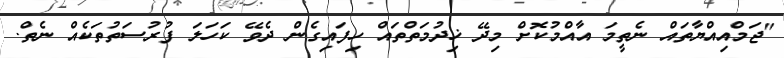
"ޖަމްއިއްޔާތައް ނެތީމަ އާއްމުކޮށް މިދޭ ޚިދުމަތްތައް ހިފައިގެން ދެވޭ ކަހަލަ ފުރުސަތުތަކެއް ނެތް.